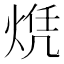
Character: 𬊠